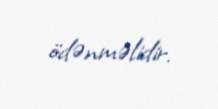
ödənməlidir.